Indian Civil Veterinary Department memoirs
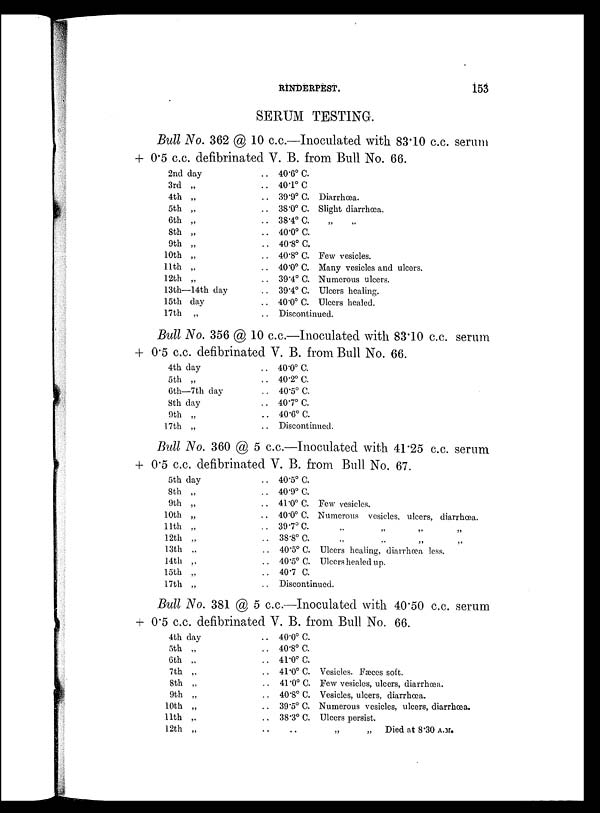
RINDERPEST.
153
SERUM TESTING.
Bull No. 362 @ 10 c.c.—Inoculated with 83.10 c.c. serum
+ 0.5 c.c. defibrinated V. B. from Bull No. 66.
2nd day
3rd „
4th „
5th „
6th „
8th „
9th „
10th „
11th „
12th „
13th—14th day
15th day
17th „
.. 40.6º C.
.. 40.1º C.
.. 39.9º C. Diarrhœa.
.. 38.0º C. Slight diarrhoea.
.. 38.4º C. „ „
.. 40.0º C.
.. 40.8º C.
.. 40.8º C. Few vesicles.
.. 40.0º C. Many vesicles and ulcers.
.. 39.4º C. Numerous ulcers.
.. 39.4º C. Ulcers healing.
.. 40.0º C. Ulcers healed.
.. Discontinued.
Bull No. 356 @ 10 c.c.—Inoculated with 83.10 c.c. serum
+ 0.5 c.c. defibrinated V. B. from Bull No. 66.
4th day
5th „
6th—7th day
8th day
9th „
17th „
.. 40.0º C.
.. 40.2º C.
.. 40.5º C.
.. 40.7º C.
.. 40.6º C.
.. Discontinued.
Bull No. 360 @ 5 c.c.—Inoculated with 41.25 c.c. serum
+ 0.5 c.c. defibrinated V. B. from Bull No. 67.
5th day
8th „
9th „
10th „
11th „
12th „
13th „
14th „
15th „
17th „
.. 40.5º C.
.. 40.9º C.
.. 41.0º C. Few vesicles.
.. 40.0º C. Numerous vesicles, ulcers, diarrhoea.
.. 39.7º C. „ „ „ „
.. 38.8º C. „ „ „ „
.. 40.5º C. Ulcers healing, diarrhoea less.
.. 40.5º C. Ulcers healed up.
.. 40.7 C.
.. Discontinued.
Bull No. 381 @ 5 c.c.—Inoculated with 40.50 c.c. serum
+ 0.5 c.c. defibrinated V. B. from Bull No. 66.
4th day
5th „
6th „
7th „
8th „
9th „
10th „
11th „
12th „
.. 40.0º C.
.. 40.8º C.
.. 41.0º C.
.. 41.0º C. Vesicles. Fæces soft.
.. 41.0º C. Few vesicles, ulcers, diarrhoea.
.. 40.8º C. Vesicles, ulcers, diarrhoea.
.. 39.5º C. Numerous vesicles, ulcers, diarrhoea.
.. 38.3º C. Ulcers persist.
.. .. „ „ Died at 8.30 A.M.